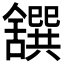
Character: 𦧸